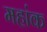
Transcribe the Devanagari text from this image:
महांक